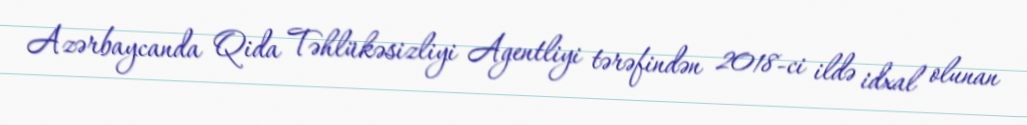
Azərbaycanda Qida Təhlükəsizliyi Agentliyi tərəfindən 2018-ci ildə idxal olunan